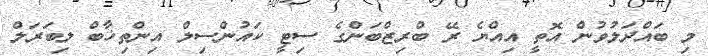
މި ބައްދަލުވުން އޮތީ އިއްޔެ ރޭ ބްރިޒްބަންގެ ސިޓީ ކައުންސިލް އިންތިޚާބް ލިބަރަލް